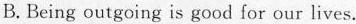
B.Being outgoing is good for our lives.